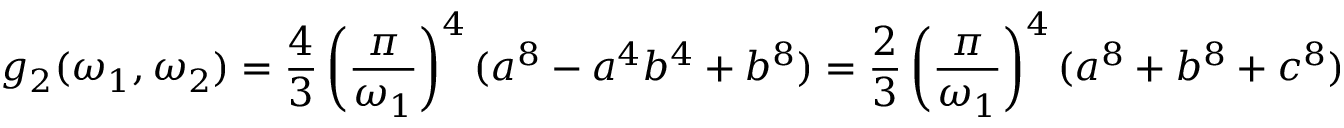
g _ { 2 } ( \omega _ { 1 } , \omega _ { 2 } ) = { \frac { 4 } { 3 } } \left( { \frac { \pi } { \omega _ { 1 } } } \right) ^ { 4 } ( a ^ { 8 } - a ^ { 4 } b ^ { 4 } + b ^ { 8 } ) = { \frac { 2 } { 3 } } \left( { \frac { \pi } { \omega _ { 1 } } } \right) ^ { 4 } ( a ^ { 8 } + b ^ { 8 } + c ^ { 8 } )